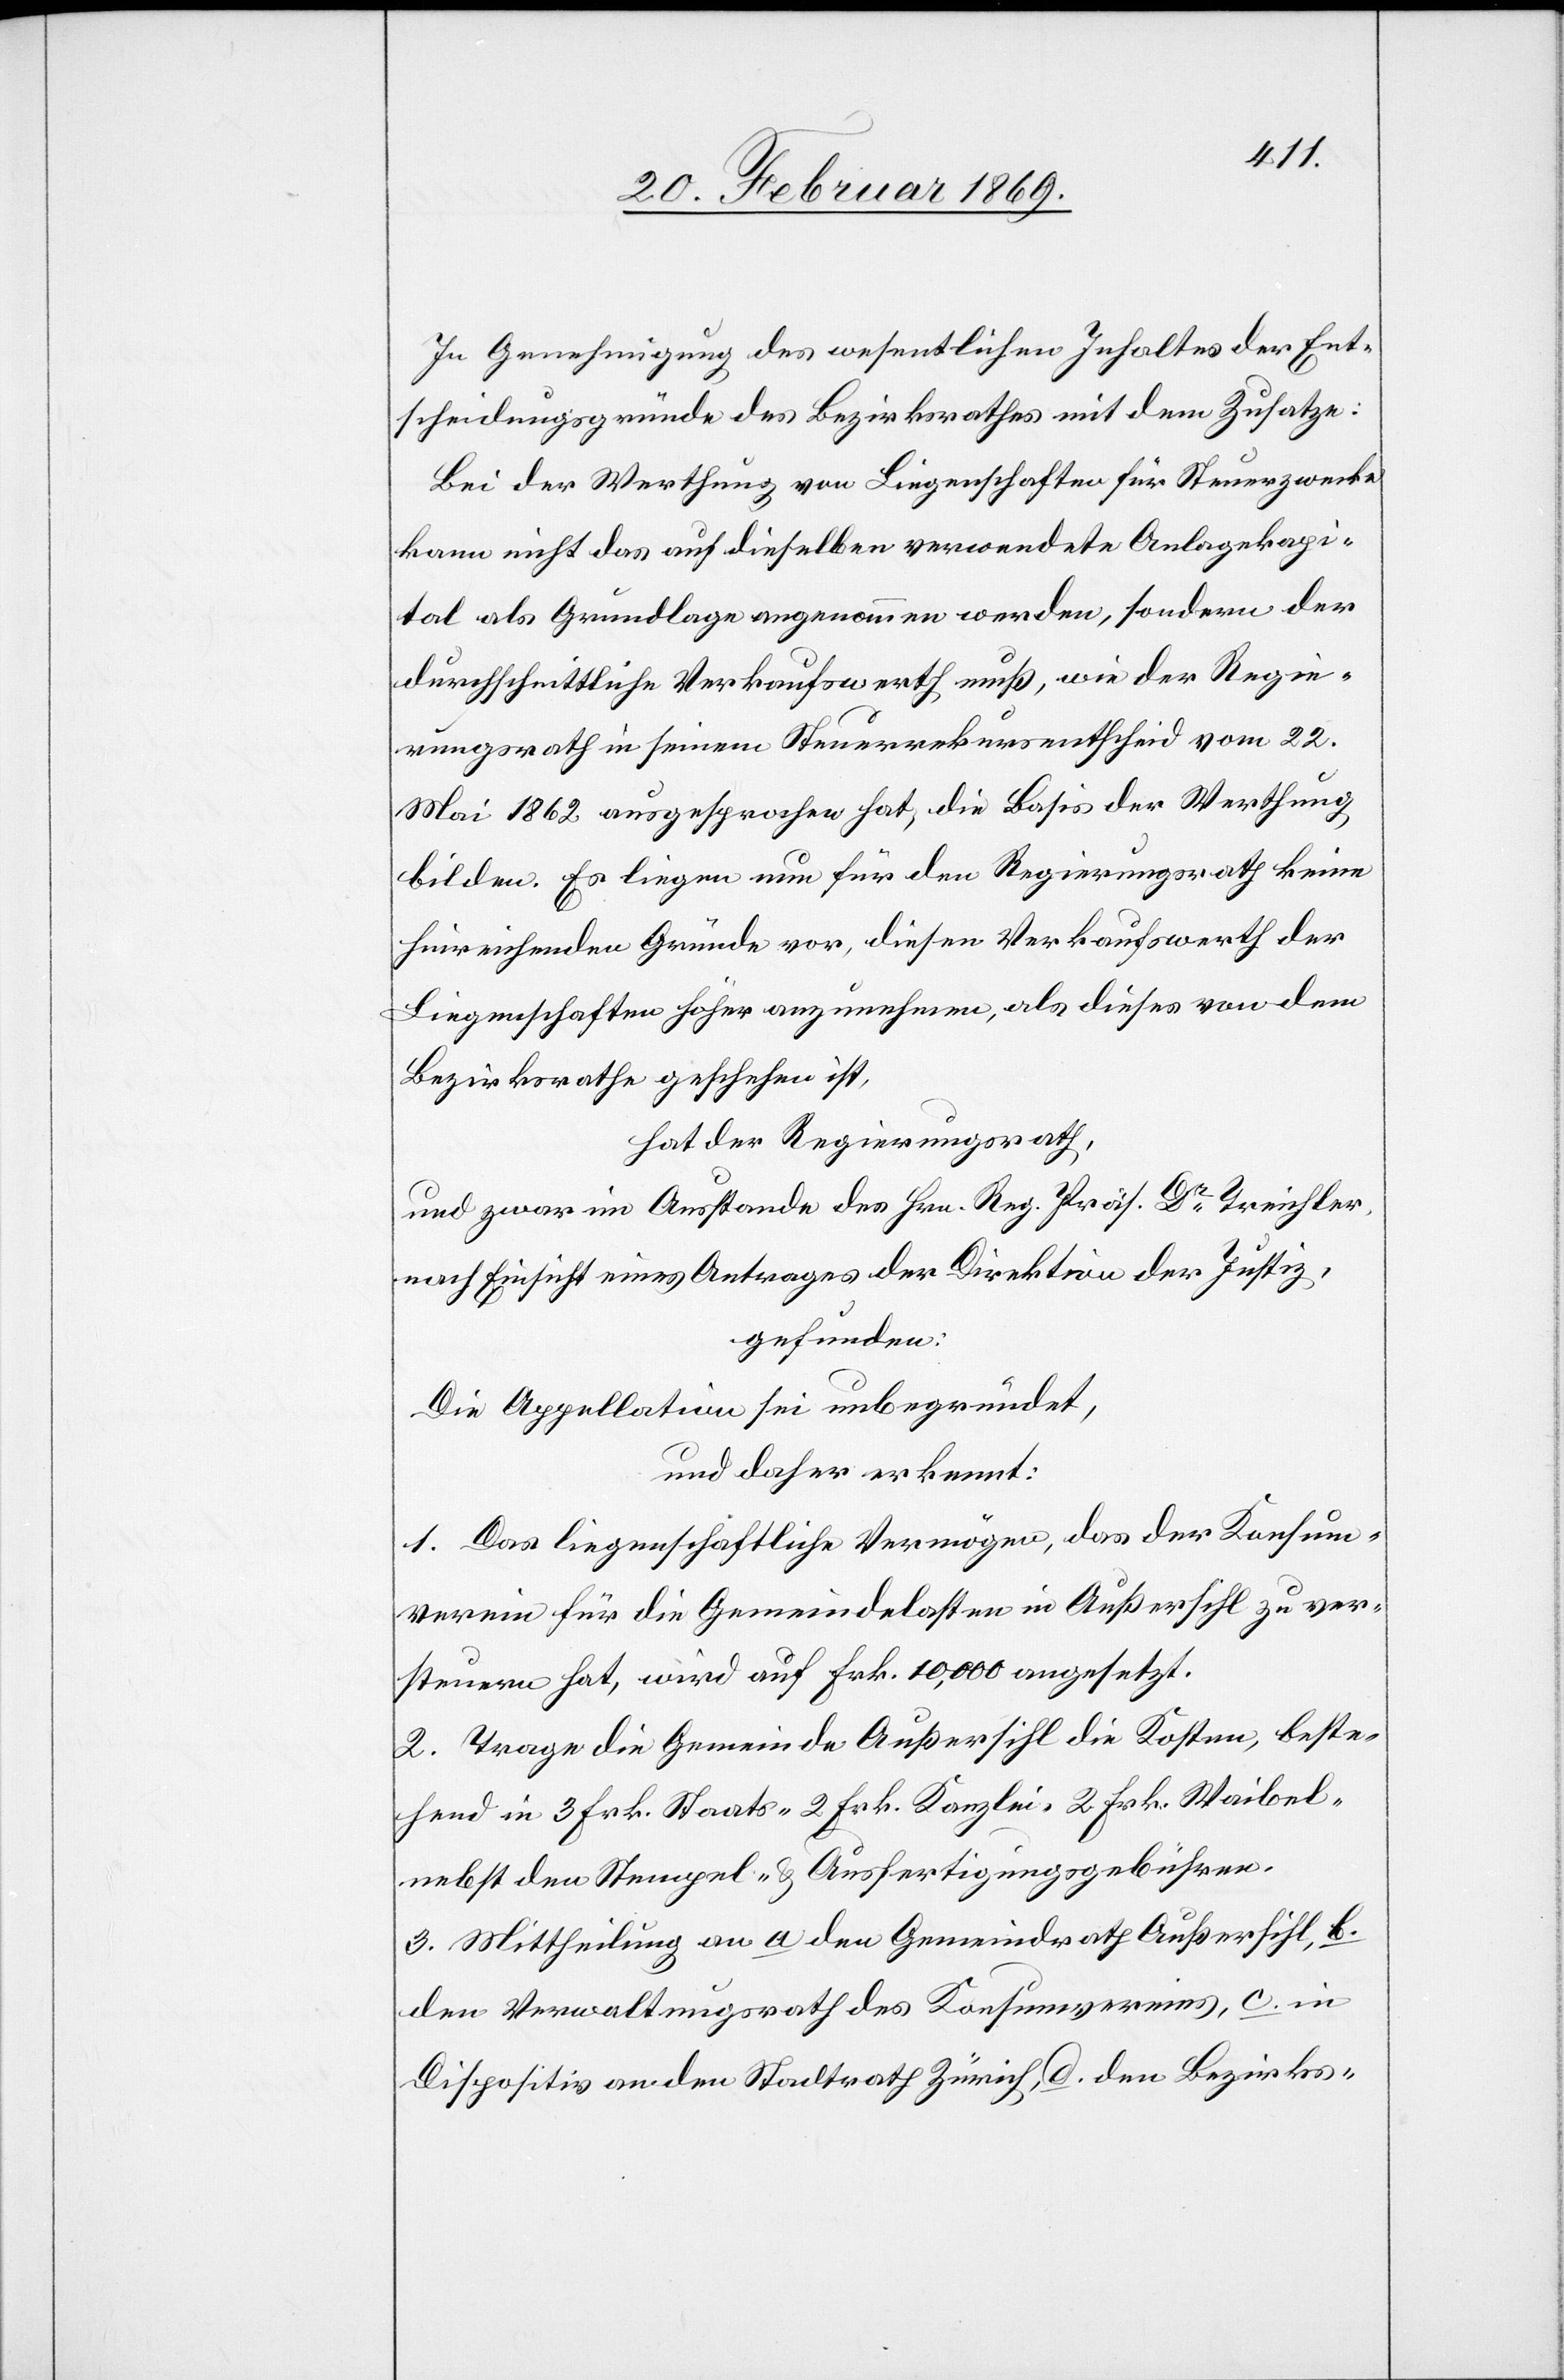
In Genehmigung des wesentlichen Inhaltes der Ent¬
scheidungsgründe des Bezirksrathes mit dem Zusatze:
Bei der Werthung von Liegenschaften für Steuerzwecke
kann nicht das auf dieselben verordnete Anlagekapi¬
tal als Grundlage angenommen werden, sondern der
durchschnittliche Verkaufswerth muß, wie der Regie¬
rungsrath in seinem Steuerrekursentscheid vom 22.
Mai 1862 ausgesprochen hat, die Basis der Werthung
bilden. Es liegen nun für den Regierungsrath keine
hinreichenden Gründe vor, diesen Verkaufswerth der
Liegenschaften höher anzunehmen, als dieses von dem
Bezirksrathe geschehen ist,
hat der Regierungsrath,
und zwar im Ausstande des Hrn. Reg. Präs. Dr Treichler
nach Einsicht eines Antrages der Direktion der Justiz,
gefunden:
Die Appellation sei unbegründet,
und daher erkennt:
1. Das liegenschaftliche Vermögen, das der Konsum¬
verein für die Gemeindlasten in Außersihl zu ver¬
steuern hat, wird auf Frk. 10,000 angesetzt.
2. Trage die Gemeinde Außersihl die Kosten, beste¬
hend in 3 Frk. Staats- 2 Frk. Kanzlei- 2 Frk. Waibel-
nebst den Stempel & Ausfertigungsgebühren.
3. Mittheilung an a den Gemeindrath Außersihl, b.
den Verwaltungsrath des Konsumvereins, c. in
Dispositiv an den Stadtrath Zürich, d. den Bezirks-